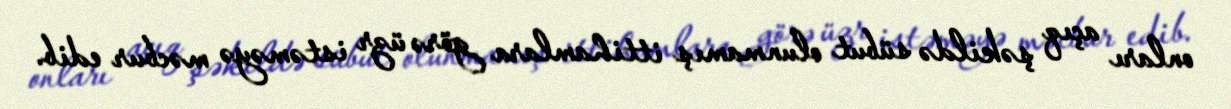
onları açıq şəkildə sübut olunmamış ittihamlara görə üzr istəməyə məcbur edib.